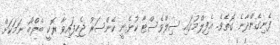
ފެނިގެންދާނެ ގޮތެވެ. އެފިލްމުގައި ސިލްވެސްޓާ ކުޅެނީ ކެންސަރު ޖެހިފައިވާ ރޮކީ ބެލްބޯ ނަމަކަށް